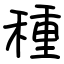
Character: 種